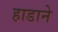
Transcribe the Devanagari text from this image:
हाडाने